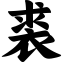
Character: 裘